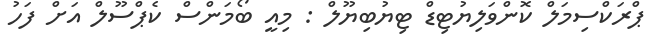
ޕްރަކްސިމަލް ކޮންވަލިޔުޓިޑް ޓިޔުބިޔޫލް : މިއީ ބޯމަންސް ކެޕްސޫލް އަށް ފަހު